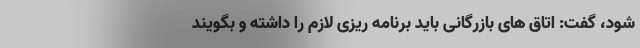
شود، گفت: اتاق های بازرگانی باید برنامه ریزی لازم را داشته و بگویند